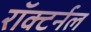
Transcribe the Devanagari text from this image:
रॉक्टर्नल